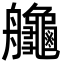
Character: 𦫉